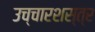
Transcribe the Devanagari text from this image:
उच्चारशस्त्र